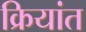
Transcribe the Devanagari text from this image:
क्रियांत